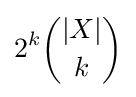
2^{k}{|X| \choose k}